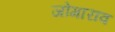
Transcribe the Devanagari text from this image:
जोगाराव